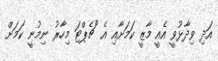
އަދި ވިދާޅުވީ އެއީ މާޒީ ކަމަށާއި އެ "ޗެޕްޓަ މިހާރު ނިމުނީ ކަަމަށް